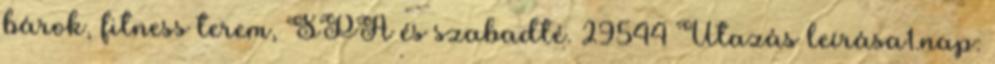
bárok, fitness terem, SPA és szabadté. 29544 Utazás leírása1.nap: